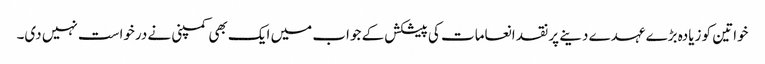
خواتین کو زیادہ بڑے عہدے دینے پر نقد انعامات کی پیشکش کے جواب میں ایک بھی کمپنی نے درخواست نہیں دی۔